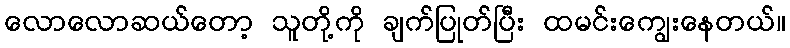
လောလောဆယ်တော့ သူတို့ကို ချက်ပြုတ်ပြီး ထမင်းကျွေးနေတယ်။